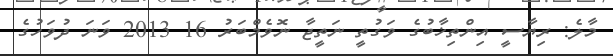
މާލެ: ރިޔާސީ އިންތިޚާބުގެ ވަގުތީ ނަތީޖާ ނޮވެމްބަރު 16 2013 ވަނަ ދުވަހުގެ